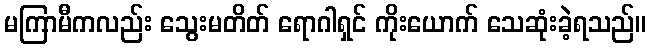
မကြာမီကလည်း သွေးမတိတ် ရောဂါရှင် ကိုးယောက် သေဆုံးခဲ့ရသည်။